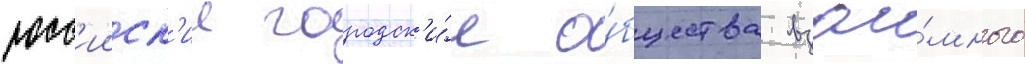
росс'ииск'ие городск'и́е о́бщества взаи́много